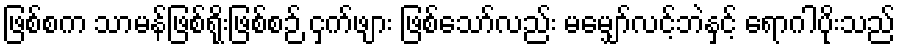
ဖြစ်စက သာမန်ဖြစ်ရိုးဖြစ်စဉ် ငှက်ဖျား ဖြစ်သော်လည်း မမျှော်လင့်ဘဲနှင့် ရောဂါပိုးသည်